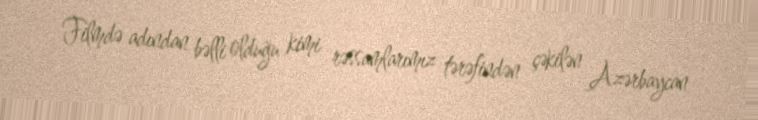
Filmdə adından bəlli olduğu kimi rəssamlarımız tərəfindən çəkilən Azərbaycan